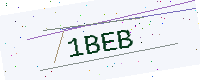
Text: 1BEB